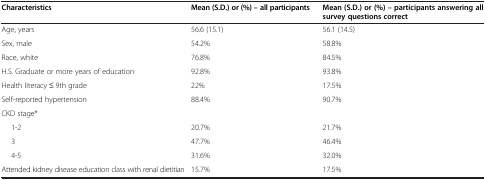
| Characteristics | Mean (S.D.) or (%) – all participants | Mean (S.D.) or (%) – participants answering all survey questions correct |
 | --- | --- | --- |
 | Age, years | 56.6 (15.1) | 56.1 (14.5) |
 | Sex, male | 54.2% | 58.8% |
 | Race, white | 76.8% | 84.5% |
 | H.S. Graduate or more years of education | 92.8% | 93.8% |
 | Health literacy ≤ 9th grade | 22% | 17.5% |
 | Self-reported hypertension | 88.4% | 90.7% |
 | CKD stage* |  |  |
 | 1-2 | 20.7% | 21.7% |
 | 3 | 47.7% | 46.4% |
 | 4-5 | 31.6% | 32.0% |
 | Attended kidney disease education class with renal dietitian | 15.7% | 17.5% |